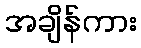
အချိန်ကား